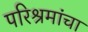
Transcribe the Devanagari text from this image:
परिश्रमांचा